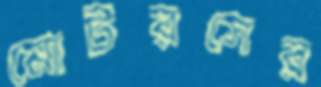
মোটরসের